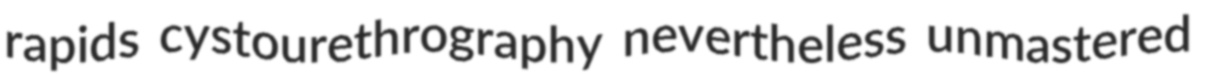
rapids cystourethrography nevertheless unmastered